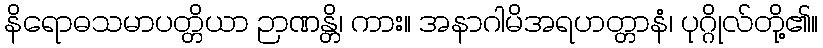
နိရောဓသမာပတ္တိယာ ဉာဏန္တိ၊ ကား။ အနာဂါမိအရဟတ္တာနံ၊ ပုဂ္ဂိုလ်တို့၏။